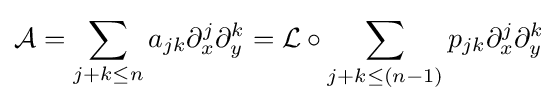
{\mathcal {A}}=\sum _{j+k\leq n}a_{jk}\partial _{x}^{j}\partial _{y}^{k}={\mathcal {L}}\circ \sum _{j+k\leq (n-1)}p_{jk}\partial _{x}^{j}\partial _{y}^{k}